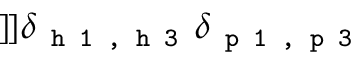
] \! ] \delta _ { \texttt { h 1 , h 3 } } \delta _ { \texttt { p 1 , p 3 } }